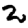
Digit: 2